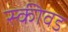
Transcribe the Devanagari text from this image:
स्कीवड